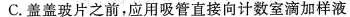
C.盖盖玻片之前，应用吸管直接向计数室滴加样液